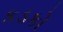
કડકો